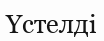
Үстелді